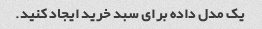
یک مدل داده برای سبد خرید ایجاد کنید.